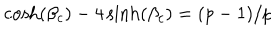
LaTeX: \cosh ( \beta _ { c } ) - 4 \sinh ( \beta _ { c } ) = ( p - 1 ) / p